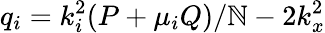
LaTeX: q_{i}=k_{i}^{2}(P+\mu_{i}Q)/\mathbb{N}-2k_{x}^{2}